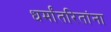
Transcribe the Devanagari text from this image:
धर्मांतरितांना